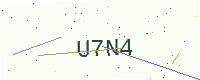
Text: U7N4